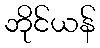
ဘိုင်ယန်